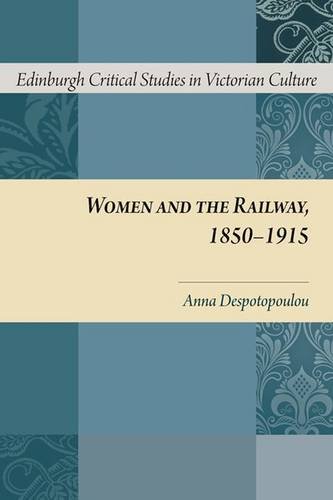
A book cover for Women and the Railway, 1850-1915 (Edinburgh Critical Studies in Victorian Culture EUP); Anna Despotopoulou; Travel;